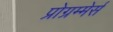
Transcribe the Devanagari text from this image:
प्रोग्रम्मेर्स